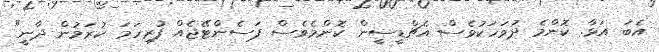
އެބަ އަޅާ. ކޮންމެ ދުވަހަކުވެސް އެޗްޑީސީން ކޮންމެވެސް ޕަސެންޓޭޖެއް ފުރިހަމަ ކުރަމުން ދާނީ"